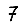
Digit: 7